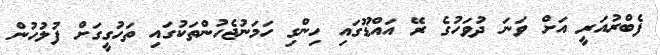
ފެބްރުއަރީ އަށް ވަނަ ދުވަހުގެ ރޭ އައްޑޫގައި ހިންގި ހަމަނުޖެހުންތަކުގައި ތަހުގީގަށް ފުލުހުން